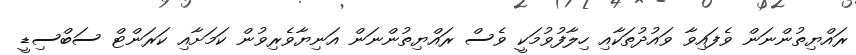
ރައްޔިތުންނަން ވެފައިވާ ވައުދުތަކާއި ހިލާފުވުމަކީ ވެސް ރައްޔިތުންނަން އަނިޔާވެރިވުން ކަމަށާއި ކަރަންޓް ސަބްސިޑީ